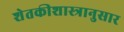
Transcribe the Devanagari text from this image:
शेतकीशास्त्रानुसार